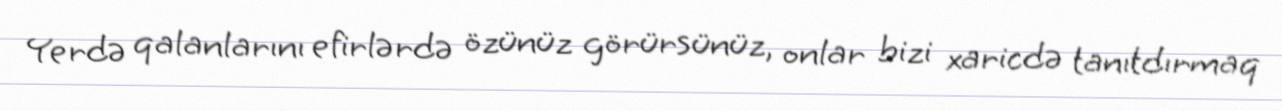
Yerdə qalanlarını efirlərdə özünüz görürsünüz, onlar bizi xaricdə tanıtdırmaq